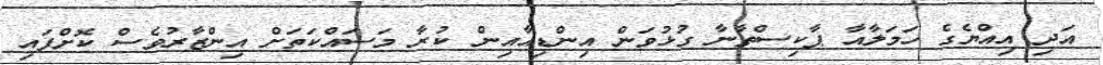
އަދި އިއްޔެގެ ހަމަލާއާ ޕާކިސްތާނާ ގުޅުވަން އިންޑިއާއިން ކުރާ މަސައްކަތަށް އިންޒާރުވެސް ކޮށްފައި